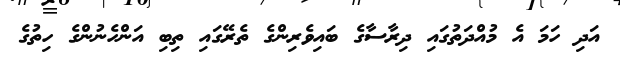
އަދި ހަމަ އެ މުއްދަތުގައި ދިރާސާގެ ބައިވެރިންގެ ތެރޭގައި ތިބި އަންހެނުންގެ ހިތުގެ